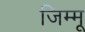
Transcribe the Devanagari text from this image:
जिम्मू